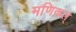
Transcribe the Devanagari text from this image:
मणिकल्